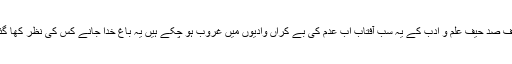
حیف صد حیف علم و ادب کے یہ سب آفتاب اب عدم کی بے کراں وادیوں میں غروب ہو چکے ہیں یہ باغ خدا جانے کس کی نظر کھا گئی۔